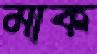
মাক